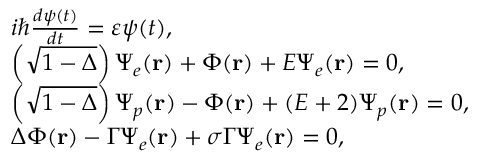
\begin{array} { r l } & { i \hbar \frac { { d \psi ( t ) } } { { d t } } = \varepsilon \psi ( t ) , } \\ & { \left( { \sqrt { 1 - \Delta } } \right) { \Psi _ { e } } ( { \bf { r } } ) + \Phi ( { \bf { r } } ) + E { \Psi _ { e } } ( { \bf { r } } ) = 0 , } \\ & { \left( { \sqrt { 1 - \Delta } } \right) { \Psi _ { p } } ( { \bf { r } } ) - \Phi ( { \bf { r } } ) + ( E + 2 ) { \Psi _ { p } } ( { \bf { r } } ) = 0 , } \\ & { \Delta \Phi ( { \bf { r } } ) - \Gamma { \Psi _ { e } } ( { \bf { r } } ) + \sigma \Gamma { \Psi _ { e } } ( { \bf { r } } ) = 0 , } \end{array}